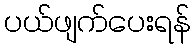
ပယ်ဖျက်ပေးရန်